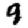
Digit: 9